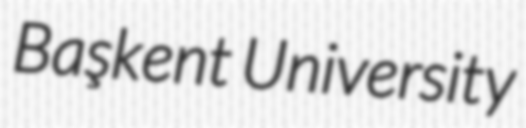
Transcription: Başkent University